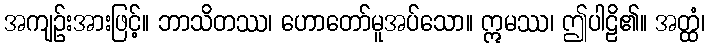
အကျဉ်းအားဖြင့်။ ဘာသိတဿ၊ ဟောတော်မူအပ်သော။ ဣမဿ၊ ဤပါဠိ၏။ အတ္ထံ၊